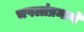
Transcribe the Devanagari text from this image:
चपलांप्रमाणे